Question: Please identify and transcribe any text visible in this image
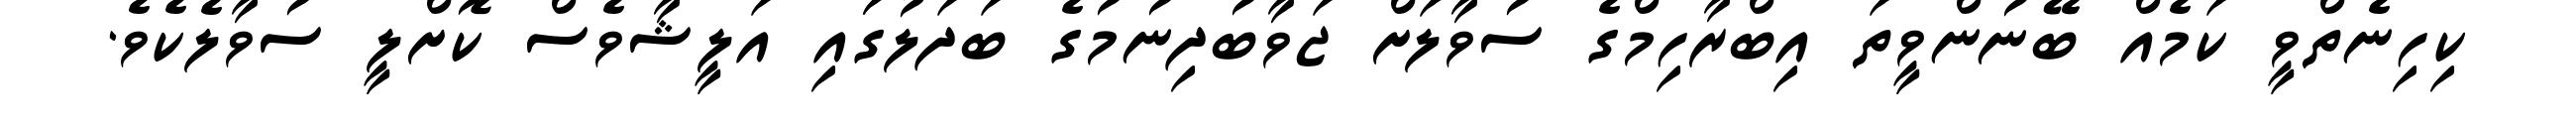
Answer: ކިހިނެތްވީ ކަމެއް ބޭނުންވީތަ އިބްރާހިމްގެ ސުވާލަށް ޖަވާބުދިނުމުގެ ބަދަލުގަައި އަލީޝާވެސް ކޮށްލީ ސުވާލެކެވެ.